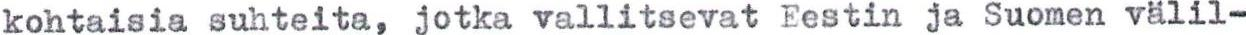
kohtaisia suhteita, jotka vallitsevat Eestin ja Suomen välil-